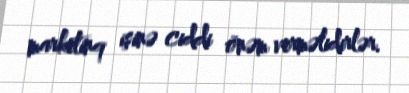
marketinq işinə ciddi önəm verməlidirlər.